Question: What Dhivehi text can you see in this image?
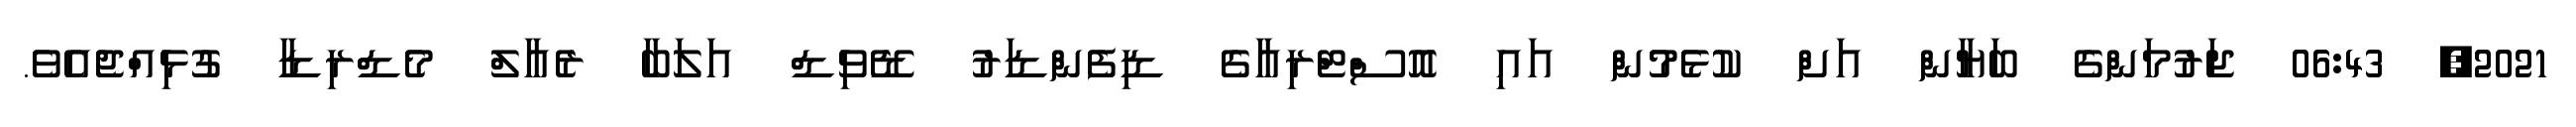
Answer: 2021, 06:43 ޖަރުމަންގެ ބަޔާން އަށް ކުޅެމުން އައި އޮސްޓްރިއާގެ ޑިފެންޑަރު ޑޭވިޑް އަލަބާ ރެއާލް މެޑްރިޑާ ގުޅިއްޖެއެވެ.